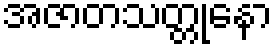
အဇာတသတ္တုနော